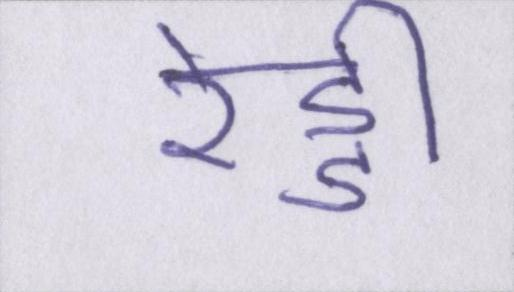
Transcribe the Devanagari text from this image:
रेड्डी